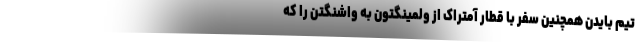
تیم بایدن همچنین سفر با قطار آمتراک از ولمینگتون به واشنگتن را که